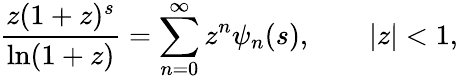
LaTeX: {\frac{z(1+z)^{s}}{\ln(1+z)}}=\sum_{n=0}^{\infty}z^{n}\psi_{n}(s),\qquad|z|<1,